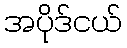
အပိုဒ်ငယ်